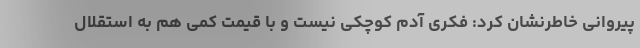
پیروانی خاطرنشان کرد: فکری آدم کوچکی نیست و با قیمت کمی هم به استقلال